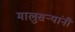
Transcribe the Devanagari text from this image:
मालुसर्‍यांनी